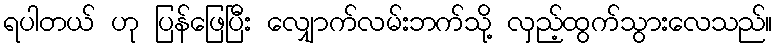
ရပါတယ် ဟု ပြန်ဖြေပြီး လျှောက်လမ်းဘက်သို့ လှည့်ထွက်သွားလေသည်။